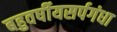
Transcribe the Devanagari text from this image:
बहुवर्षीयसर्पगंधा